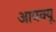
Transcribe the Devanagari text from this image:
आयक्यू